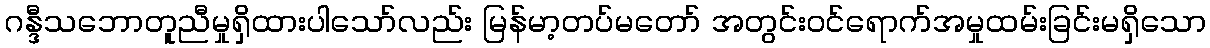
ဂန္ဒီသဘောတူညီမှုရှိထားပါသော်လည်း မြန်မာ့တပ်မတော် အတွင်းဝင်ရောက်အမှုထမ်းခြင်းမရှိသော